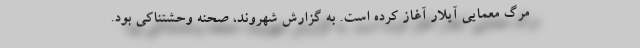
مرگ معمایی آیلار آغاز کرده است. به گزارش شهروند، صحنه وحشتناکی بود.